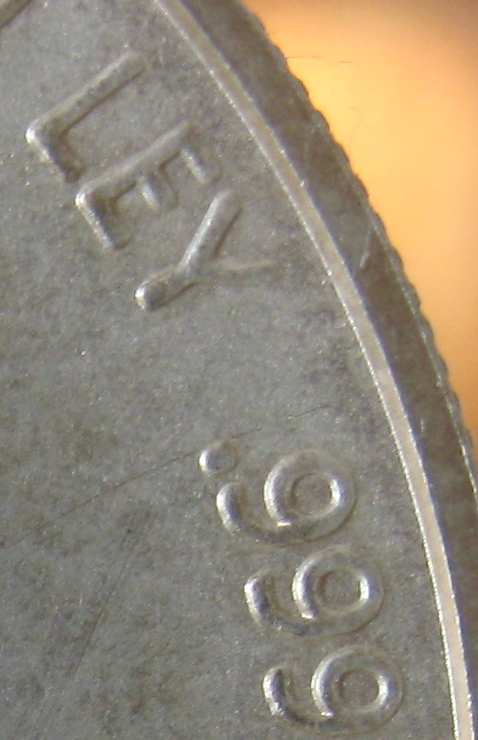
LEY 999